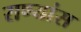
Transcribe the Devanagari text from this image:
राण्यांस